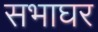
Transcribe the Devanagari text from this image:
सभाघर